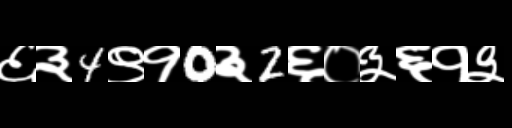
Text: ६३4९१0३2६०३६१३